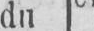
du